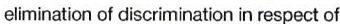
elimination of discrimination in respect of